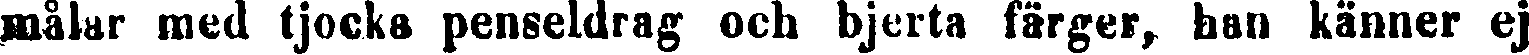
målar med tjocka penseldrag och bjerta färger, ban känner ej